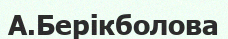
А.Берікболова